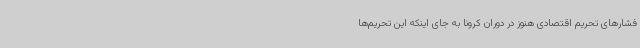
فشارهای تحریم اقتصادی هنوز در دوران کرونا به جای اینکه این تحریم‌ها